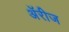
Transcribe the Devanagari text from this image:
अॅरीज